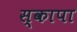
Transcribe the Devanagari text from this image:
स्कापा